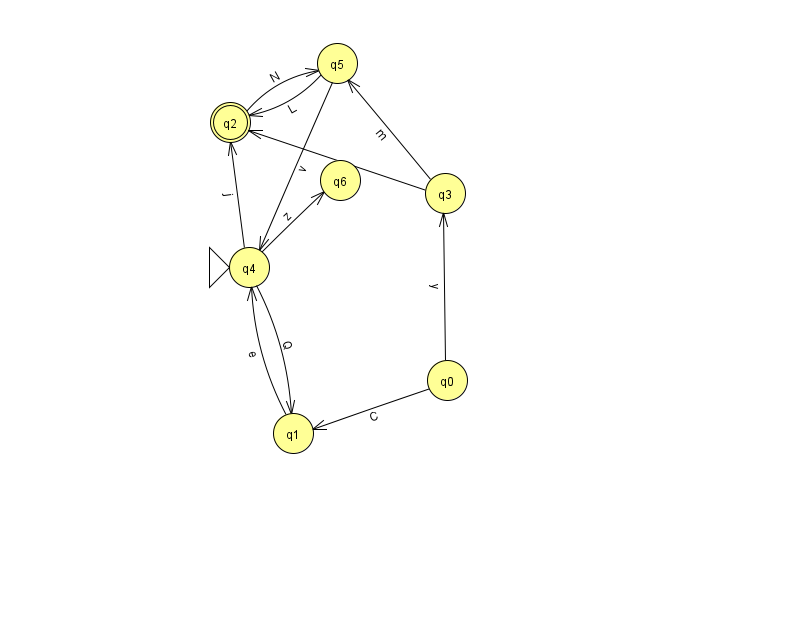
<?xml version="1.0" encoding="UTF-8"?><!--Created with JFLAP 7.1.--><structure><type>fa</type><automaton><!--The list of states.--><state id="0" name="q0"><x>447.0</x><y>367.0</y></state><state id="1" name="q1"><x>293.0</x><y>420.0</y></state><state id="2" name="q2"><x>230.0</x><y>109.0</y><final/></state><state id="3" name="q3"><x>445.0</x><y>180.0</y></state><state id="4" name="q4"><x>249.0</x><y>254.0</y><initial/></state><state id="5" name="q5"><x>337.0</x><y>50.0</y></state><state id="6" name="q6"><x>340.0</x><y>167.0</y></state><!--The list of transitions.--><transition><from>3</from><to>2</to><read>q</read></transition><transition><from>1</from><to>4</to><read>e</read></transition><transition><from>2</from><to>5</to><read>N</read></transition><transition><from>4</from><to>6</to><read>z</read></transition><transition><from>3</from><to>5</to><read>m</read></transition><transition><from>5</from><to>2</to><read>L</read></transition><transition><from>5</from><to>4</to><read>v</read></transition><transition><from>4</from><to>1</to><read>Q</read></transition><transition><from>4</from><to>2</to><read>j</read></transition><transition><from>0</from><to>3</to><read>y</read></transition><transition><from>0</from><to>1</to><read>C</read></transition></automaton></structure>